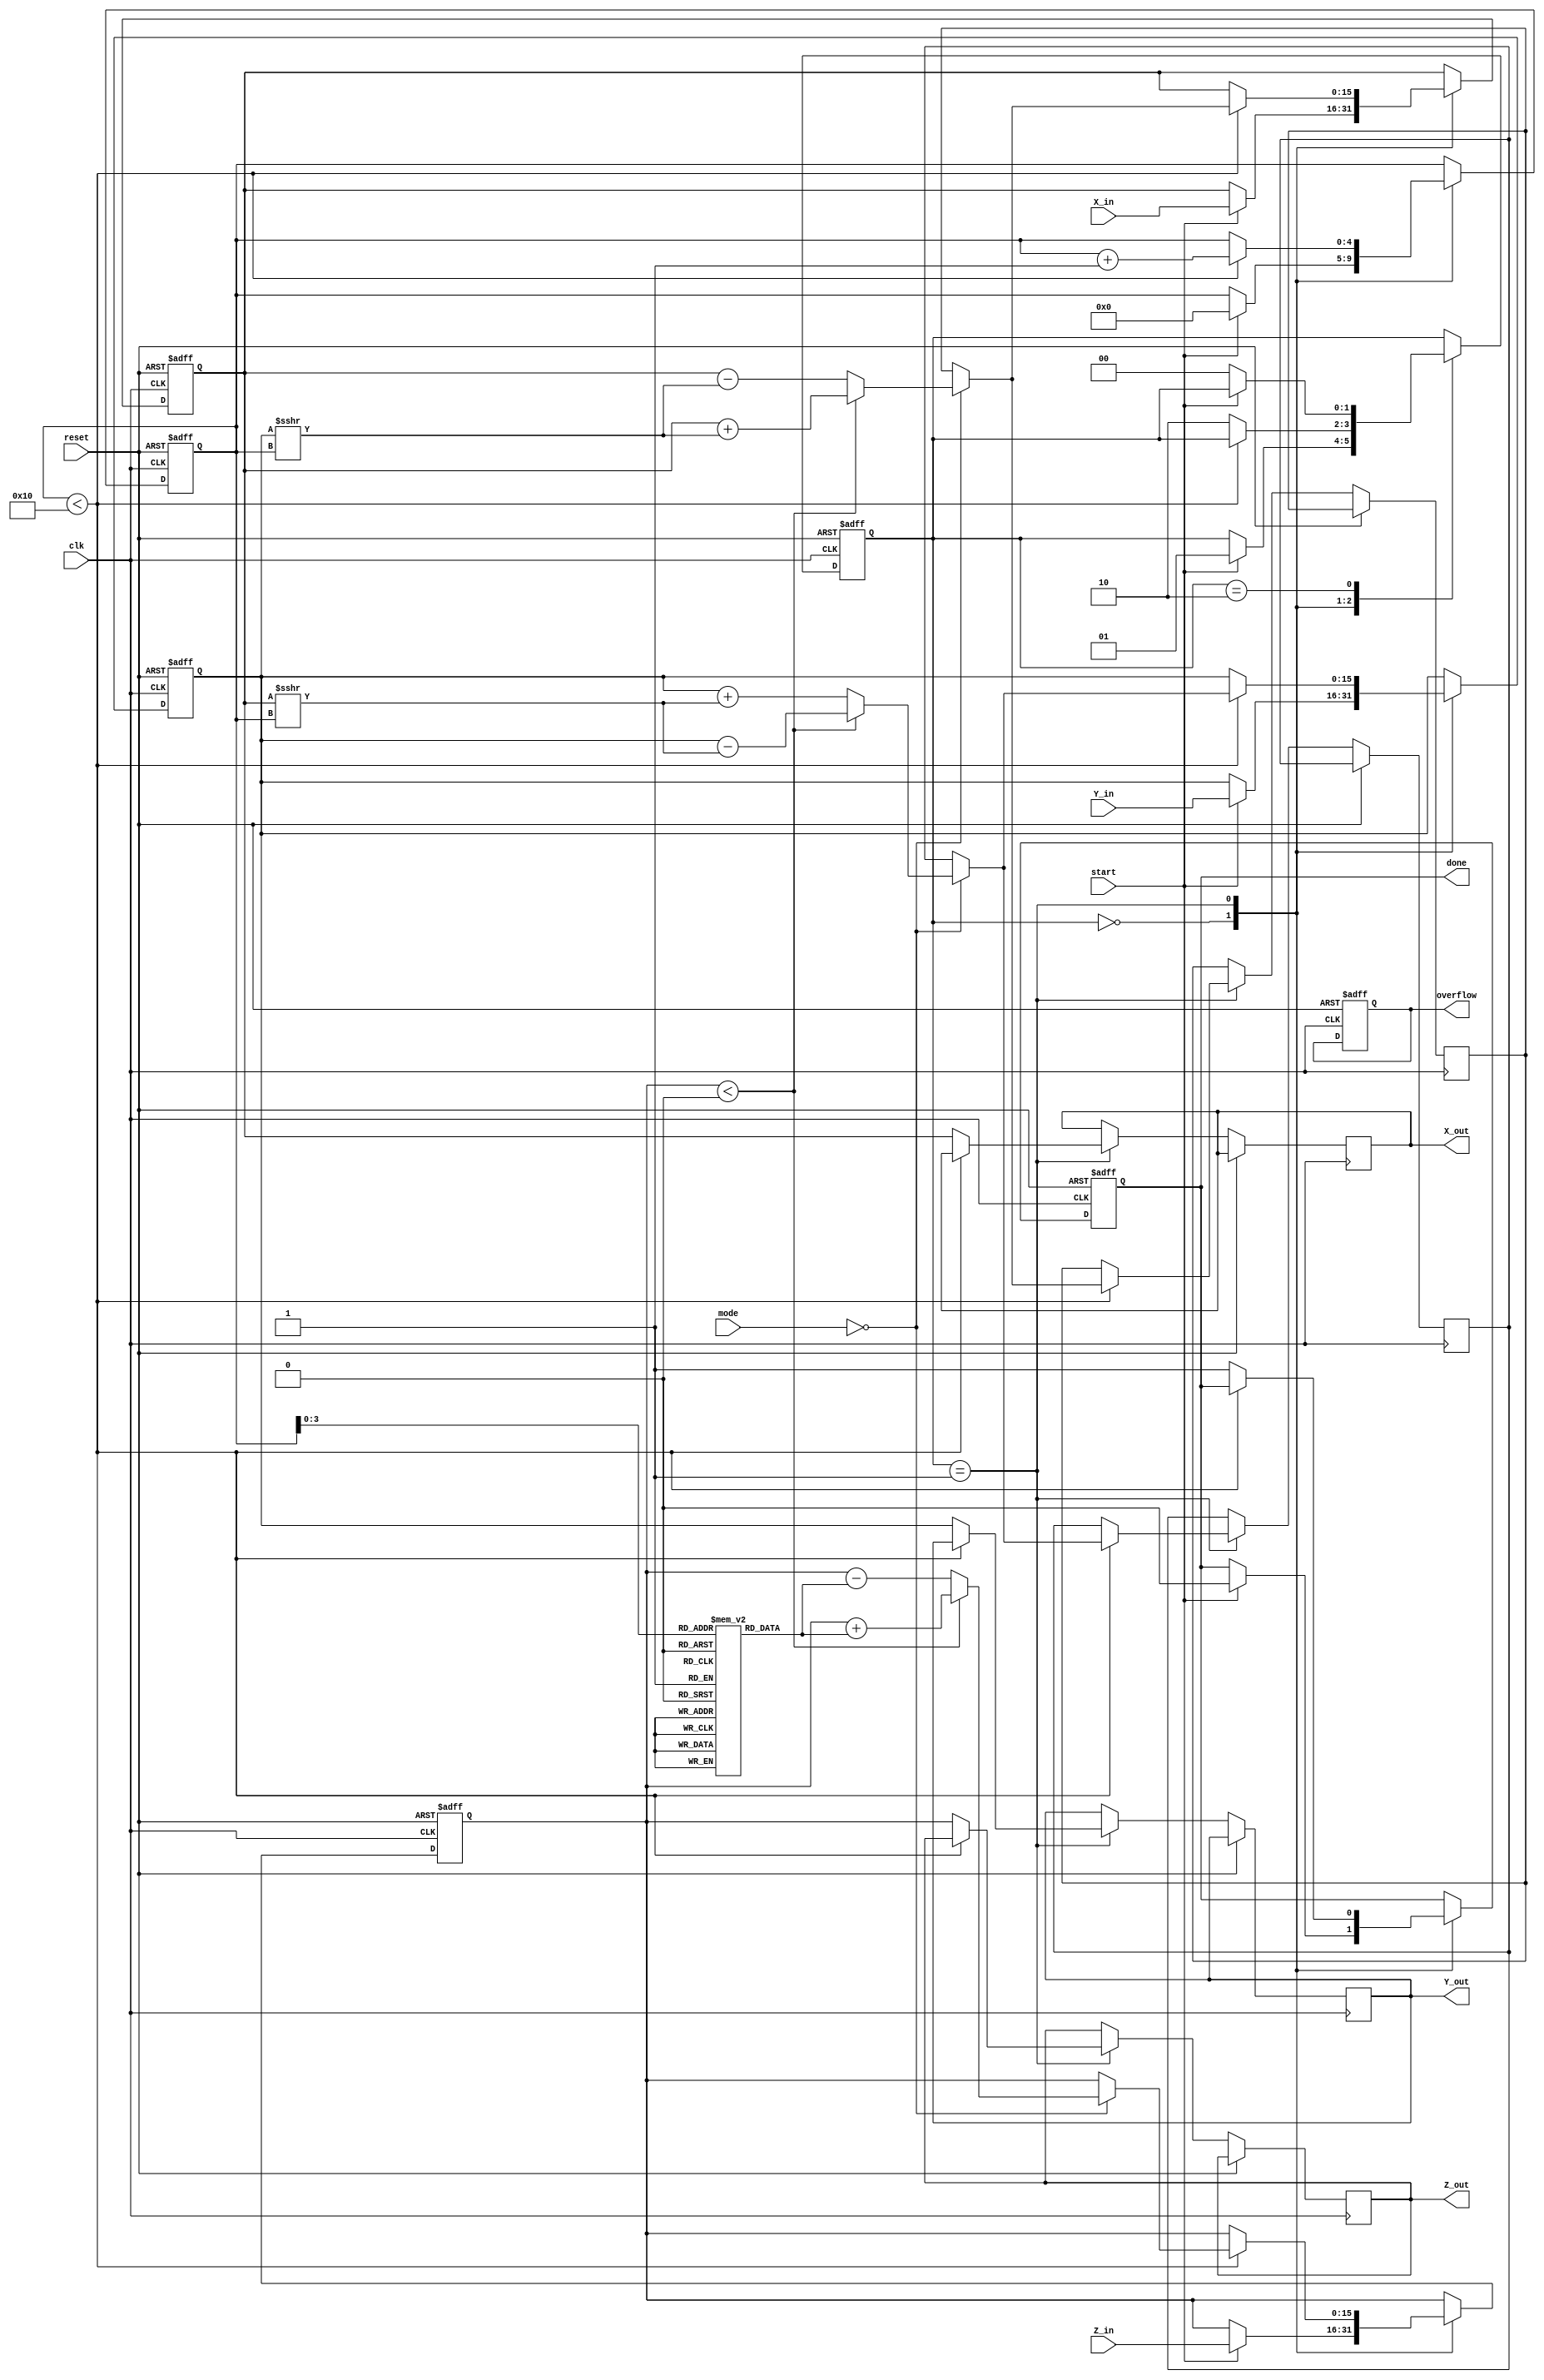
module cordic_fixed_point #
(
    parameter WIDTH = 16,         // Bit width for fixed-point representation
    parameter ITERATIONS = 16     // Number of iterations for CORDIC
)
(
    input wire clk,
    input wire reset,
    input wire [WIDTH-1:0] X_in,  // Fixed-point input X
    input wire [WIDTH-1:0] Y_in,  // Fixed-point input Y
    input wire [WIDTH-1:0] Z_in,  // Fixed-point input Z (angle)
    input wire start,              // Start signal
    input wire [1:0] mode,        // Operation mode (0: Rotation, 1: Vectoring, 2: Hyperbolic)
    output reg [WIDTH-1:0] X_out,  // Fixed-point output X
    output reg [WIDTH-1:0] Y_out,  // Fixed-point output Y
    output reg [WIDTH-1:0] Z_out,  // Fixed-point output Z (angle)
    output reg done,               // Operation done signal
    output reg overflow            // Overflow flag
);

// Internal registers
reg [WIDTH-1:0] X_reg, Y_reg, Z_reg;
reg [WIDTH-1:0] X_temp, Y_temp;
reg [WIDTH-1:0] atan_table [0:ITERATIONS-1]; // Lookup table for arctan values
reg [4:0] iteration; // Iteration counter
reg [1:0] state;     // FSM state

// Initialize the arctangent lookup table
initial begin
    // Populate atan_table with appropriate fixed-point values.
    // Example values for first few iterations:
    atan_table[0] = 16'h2000; // arctan(1) = 45 degrees
    atan_table[1] = 16'h1555; // arctan(0.5) = 26.565 degrees
    // Add more values as needed
end

// FSM for operation modes
parameter IDLE = 2'b00, RUN = 2'b01, DONE = 2'b10;

always @(posedge clk or posedge reset) begin
    if (reset) begin
        X_reg <= 0;
        Y_reg <= 0;
        Z_reg <= 0;
        iteration <= 0;
        state <= IDLE;
        done <= 0;
        overflow <= 0;
    end else begin
        case (state)
            IDLE: begin
                if (start) begin
                    X_reg <= X_in;
                    Y_reg <= Y_in;
                    Z_reg <= Z_in;
                    iteration <= 0;
                    done <= 0;
                    state <= RUN;
                end
            end

            RUN: begin
                if (iteration < ITERATIONS) begin
                    // CORDIC iterative update
                    if (mode == 2'b00) begin // Rotation Mode
                        if (Z_reg < 0) begin
                            X_temp = X_reg + (Y_reg >>> iteration);
                            Y_temp = Y_reg - (X_reg >>> iteration);
                            Z_reg = Z_reg + atan_table[iteration];
                        end else begin
                            X_temp = X_reg - (Y_reg >>> iteration);
                            Y_temp = Y_reg + (X_reg >>> iteration);
                            Z_reg = Z_reg - atan_table[iteration];
                        end
                    end else if (mode == 2'b01) begin // Vectoring Mode
                        // Implement vectoring logic here
                        // Calculate angle and magnitude
                    end else if (mode == 2'b10) begin // Hyperbolic Mode
                        // Implement hyperbolic functions here
                    end

                    // Update registers
                    X_reg <= X_temp;
                    Y_reg <= Y_temp;
                    iteration <= iteration + 1;

                end else begin // Finished all iterations
                    X_out <= X_reg;
                    Y_out <= Y_reg;
                    Z_out <= Z_reg;
                    done <= 1;
                    state <= DONE;
                end
            end

            DONE: begin
                // Wait for reset or start signal
                if (!start) begin
                    state <= IDLE;
                end
            end
        endcase
    end
end

endmodule